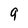
Character: 9